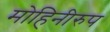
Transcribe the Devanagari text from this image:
मोहिनीरुप